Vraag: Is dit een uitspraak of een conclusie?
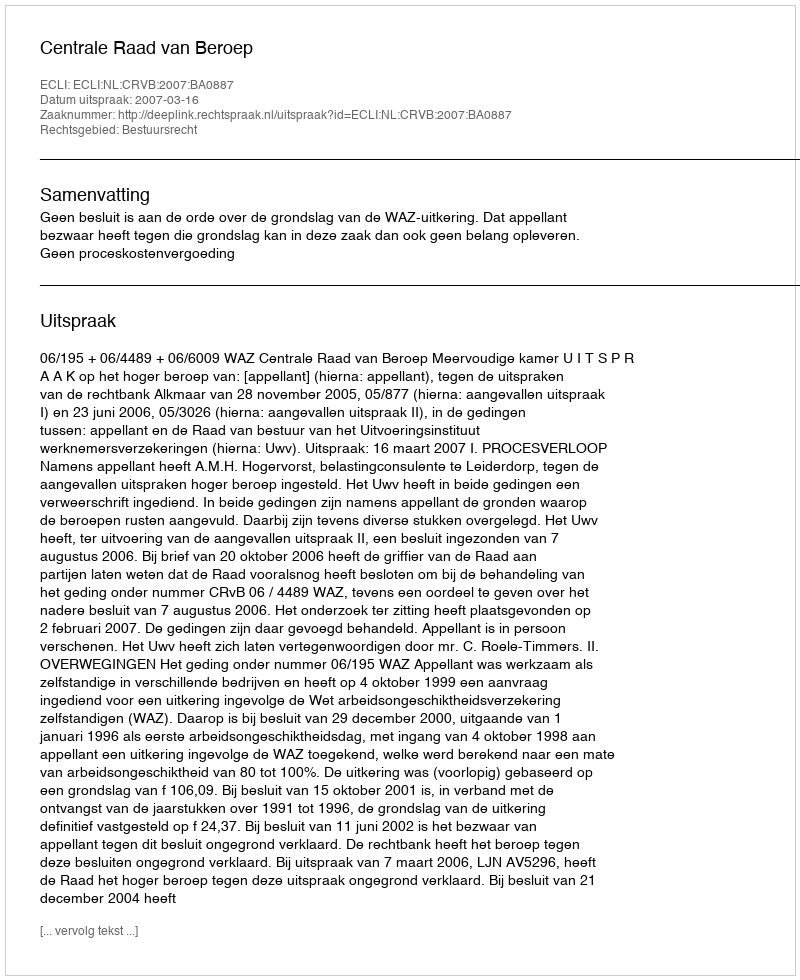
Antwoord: Uitspraak